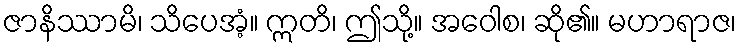
ဇာနိဿာမိ၊ သိပေအံ့။ ဣတိ၊ ဤသို့။ အဝေါစ၊ ဆို၏။ မဟာရာဇ၊